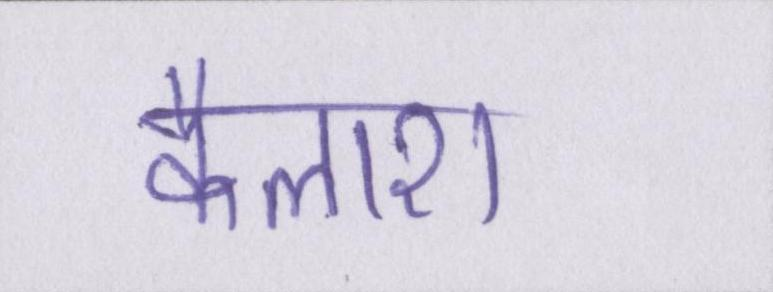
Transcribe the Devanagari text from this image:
कैलाश